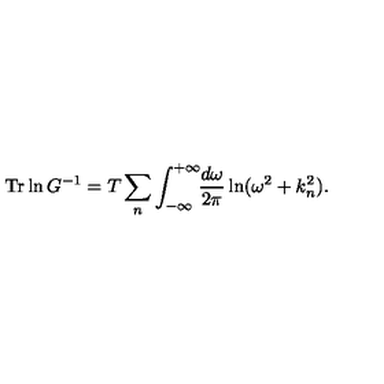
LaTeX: \mathrm { T r } \ln G ^ { - 1 } = T \sum _ { n } ^ { } \int _ { - \infty } ^ { + \infty } \! \! \frac { d \omega } { 2 \pi } \ln ( \omega ^ { 2 } + k _ { n } ^ { 2 } ) { . }